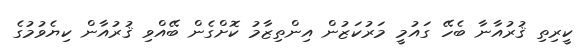
ކީރިތި ޤުރުއާނާ ބެހޭ ގައުމީ މަރުކަޒުން އިންތިޒާމު ކޮށްގެން ބޭއްވި ޤުރުއާން ކިޔެވުމުގެ